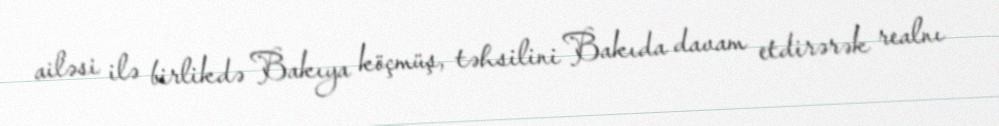
ailəsi ilə birlikdə Bakıya köçmüş, təhsilini Bakıda davam etdirərək realnı